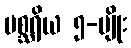
မစ္ဆရိယ ၅-မျိုး